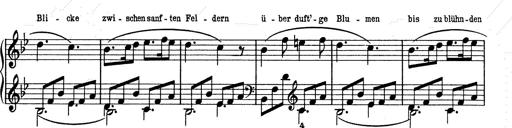
Title: 6 Polish Songs
Composer: Franz Liszt